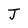
Character: J